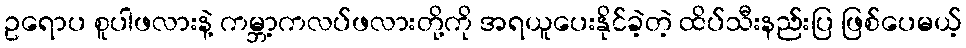
ဥရောပ စူပါဖလားနဲ့ ကမ္ဘာ့ကလပ်ဖလားတို့ကို အရယူပေးနိုင်ခဲ့တဲ့ ထိပ်သီးနည်းပြ ဖြစ်ပေမယ့်